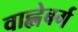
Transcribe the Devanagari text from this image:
वाह्लेबर्ग